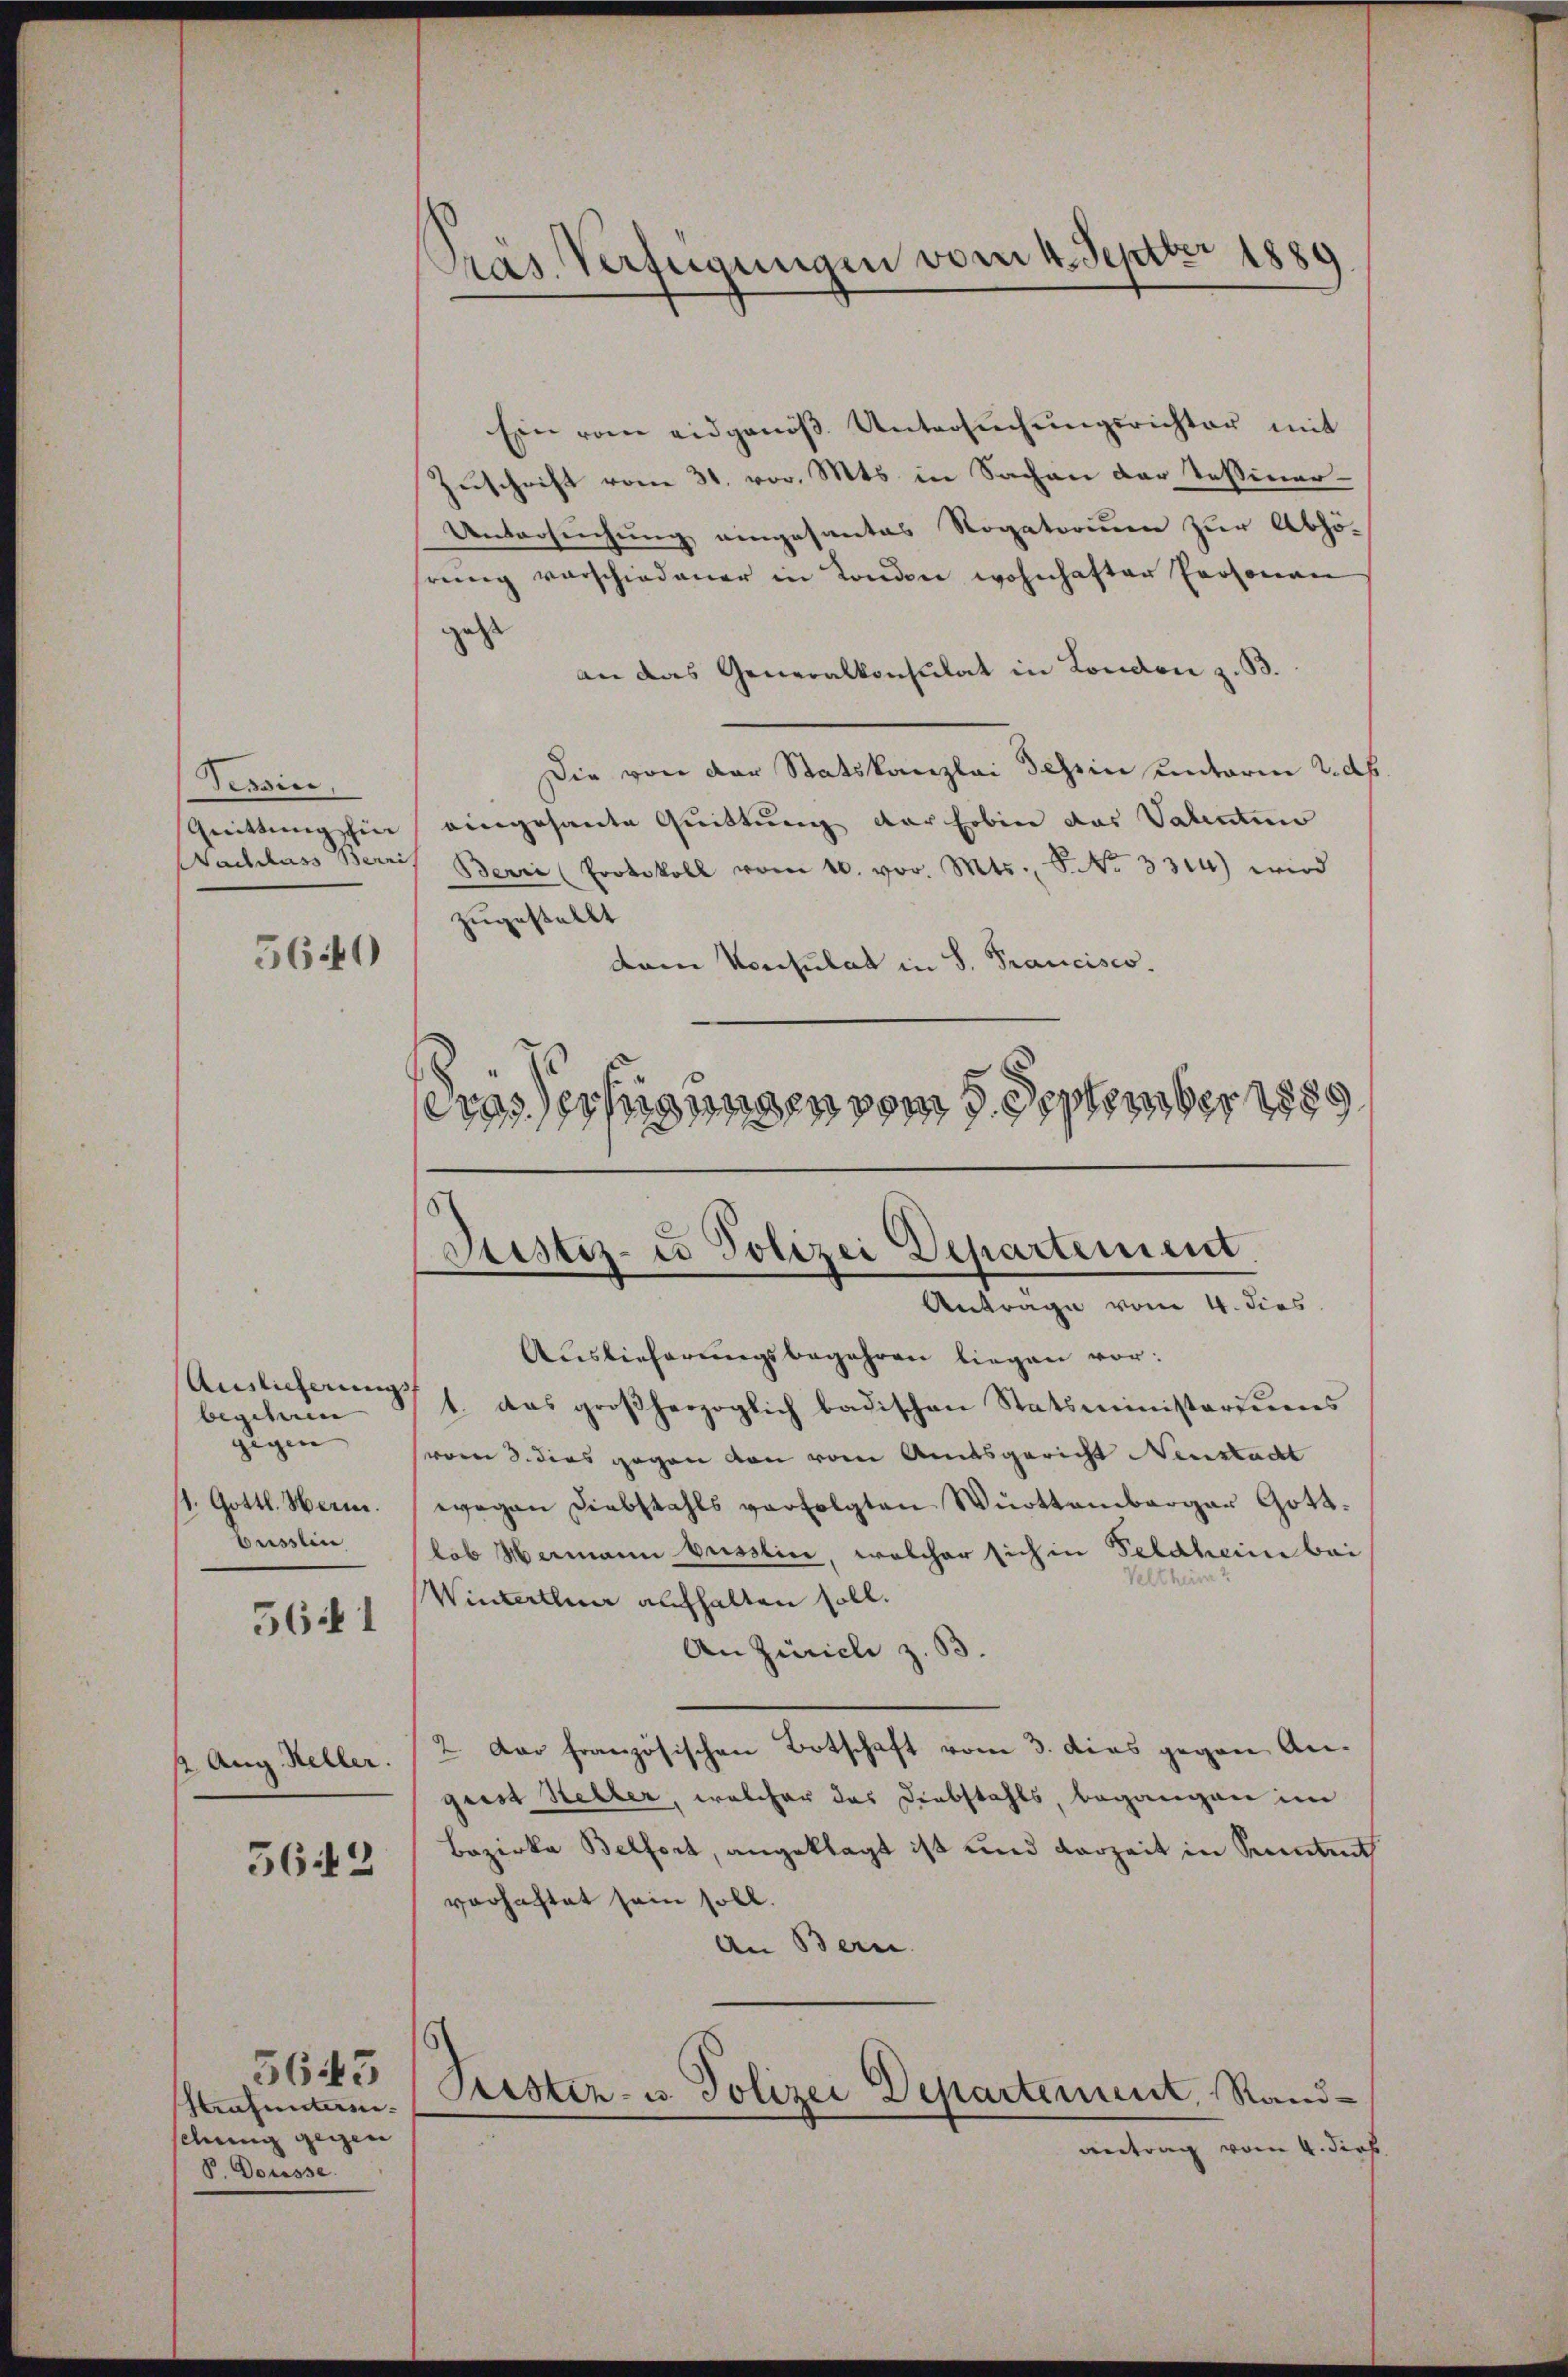
Tessin,
Quittung ein
Nachlass Berri

5640

Auslieferungsf
beschien |
gigen |
56 1

t. Aug. Keller.

5642

Strafunterseschung gegen
P. Docesse

5645

Präs. Verfügungen vom 4. Septer 1889.

Ein vom eidgenöβ Untersŭchŭngsrichter mit
Zuschrift vom 31. vor. Mts. in Sachen der Tessiner¬
Untersuchung eingesantes Rogatorium zur Abhö-
rŭng verschiedener in London wohnhafter Personan
gest
an das Generalkonsulat in London z. B.
Die von der Statskanzlei Tessin unterm Ldb.
eingesante Quittung der Erben das Valenten
Berre (Protokoll vom 10. vor. Mts., S. Nr. 3314) wird
zugestellt
dem Vorsulat in S. Trancisco.
ergs erfügungen vom 5. September 1889

Justiz- u Polizei Departement.
Antrage vom 4. dies

Auslieferungsbegehren liegen vor:
1. das großherzoglich badischen Statsministoriums
(vom 3. dies gegen von vom Amtsgericht Neustadt
1. Gottl. Herm. wegen Diebstahls verfolgten Württemberger Gott.
busslin (lob Hermann besslin, welcher sich in Feldhein bei
Winterthur aufhalten soll.
An Zürich z. B.
2. Der französischen Botschaft vom 3. dies gegen Angrist Heller, welcher das Diebstahls, begangen im
Bezirke Belfort, angeklagt ist und vorzeit in Seitet
verhaftet sein soll.
An Bern.
Puester- u. Polizei Departement. Randantrag vom 4. dies